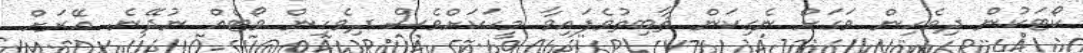
ކޯޓަކުން ދިވެހިން ވަގަށް ނެގިކަން ޘާބިތުވެފައިވާ މީހަކަށްވެސް ދިވެހިން ވޯޓެއް ނުދޭނެ. އޭރަށް